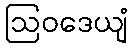
ဩဝဒေယျံ